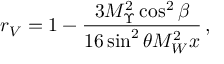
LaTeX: r _ { V } = 1 - \frac { 3 M _ { \Upsilon } ^ { 2 } \cos ^ { 2 } \beta } { 1 6 \sin ^ { 2 } \theta M _ { W } ^ { 2 } x } \, ,